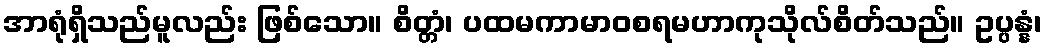
အာရုံရှိသည်မူလည်း ဖြစ်သော။ စိတ္တံ၊ ပထမကာမာဝစရမဟာကုသိုလ်စိတ်သည်။ ဥပ္ပန္နံ၊